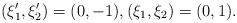
LaTeX: \begin{align*}(\xi'_1, \xi'_2)=(0,-1), (\xi_1,\xi_2)=(0,1).\end{align*}